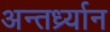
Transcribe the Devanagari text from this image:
अन्तर्ध्र्यान